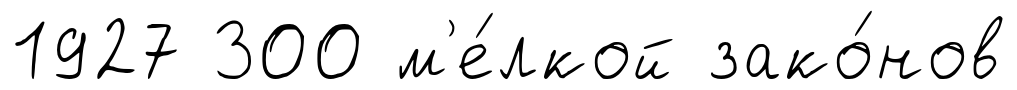
1927 300 м'е́лкой зако́нов